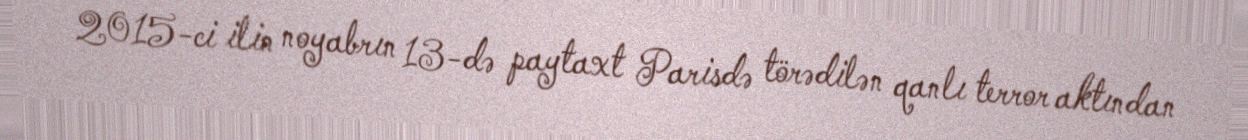
2015-ci ilin noyabrın 13-də paytaxt Parisdə törədilən qanlı terror aktından